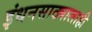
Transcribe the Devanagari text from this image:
इंधनसाठ्यालाही